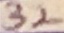
Text: 32